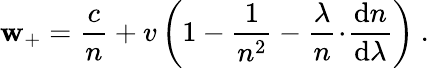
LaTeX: \mathbf{w}_{+}={\frac{{c}}{{n}}}+v\left(1-{\frac{{1}}{{n^{2}}}}-{\frac{{\lambda}}{{n}}}\! \cdot\! {\frac{{\mathrm{{d}}n}}{{\mathrm{{d}}\lambda}}}\right)\ .